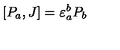
[ P _ { a } , J ] = \varepsilon _ { a } ^ { b } P _ { b }